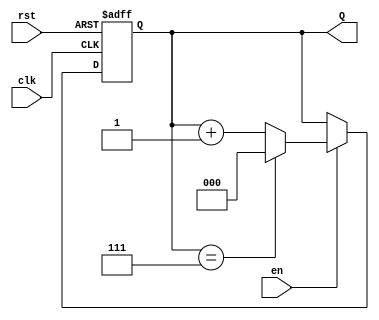
module up_counter #(
    parameter WIDTH = 3,               // Define the width of the counter (number of bits)
    parameter MAX_COUNT = (1 << WIDTH) - 1 // Maximum count value (2^WIDTH - 1)
)(
    input wire clk,                    // Clock input
    input wire en,                     // Enable input
    input wire rst,                    // Asynchronous reset input
    output reg [WIDTH-1:0] Q           // Counter output
);

    // Always block triggered on the rising edge of the clock or reset
    always @(posedge clk or posedge rst) begin
        if (rst) begin
            Q <= 0;                     // Reset the counter to zero
        end else if (en) begin
            if (Q == MAX_COUNT) begin
                Q <= 0;                 // Wrap around to zero if max count is reached
            end else begin
                Q <= Q + 1;             // Increment the counter
            end
        end
        // If enable is low, retain the current value of Q
    end

endmodule